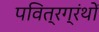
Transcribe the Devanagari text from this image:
पवित्रग्रंथों